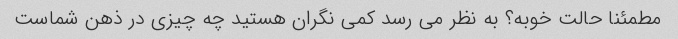
مطمئنا حالت خوبه؟ به نظر می رسد کمی نگران هستید چه چیزی در ذهن شماست